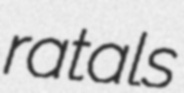
ratals